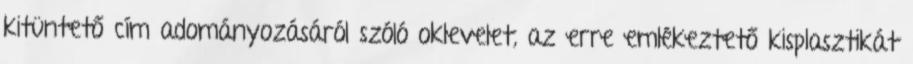
kitüntető cím adományozásáról szóló oklevelet, az erre emlékeztető kisplasztikát